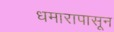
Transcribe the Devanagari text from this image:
धमारापासून